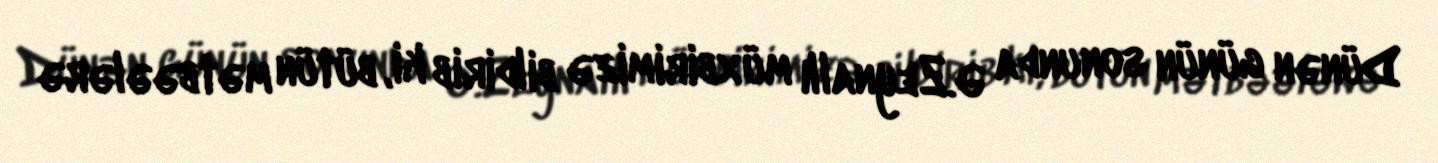
Dünən günün sonunda Ə.Zeynallı müxbirimizə bildirib ki, bütün mətbəələrə